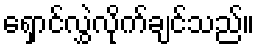
ရှောင်လွှဲလိုက်ချင်သည်။